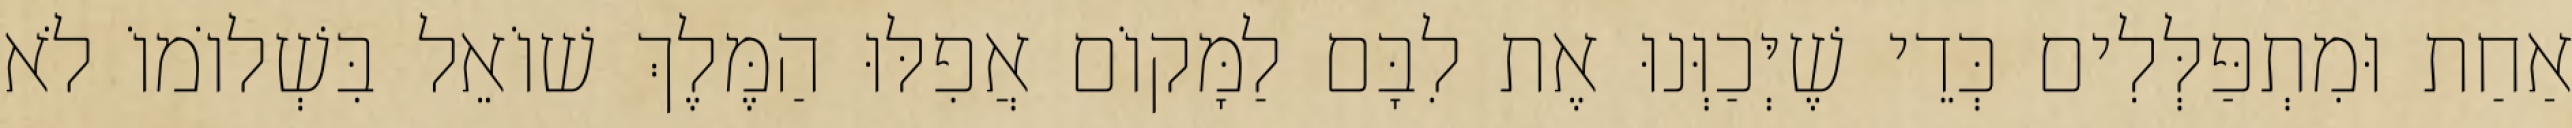
אַחַת וּמִתְפַּלְּלִים כְּדֵי שֶׁיְּכַוְּנוּ אֶת לִבָּם לַמָּקוֹם אֲפִלּוּ הַמֶּלֶךְ שׁוֹאֵל בִּשְׁלוֹמוֹ לֹא